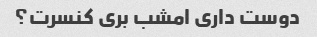
دوست داری امشب بری کنسرت؟